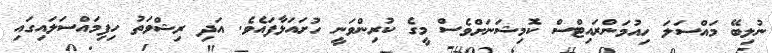
ނުލިބޭ މައްސަލަ ހިއުމަންރައިޓްސް ކޮމިޝަނަަށްވެސް މީގެ ކުރިންވަނީ ހުށައަޅާފައެވެ. އަދި ރިޝްވަތު ހިފިމައްސަލައިގައި